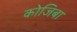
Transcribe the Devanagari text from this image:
कोजिबा